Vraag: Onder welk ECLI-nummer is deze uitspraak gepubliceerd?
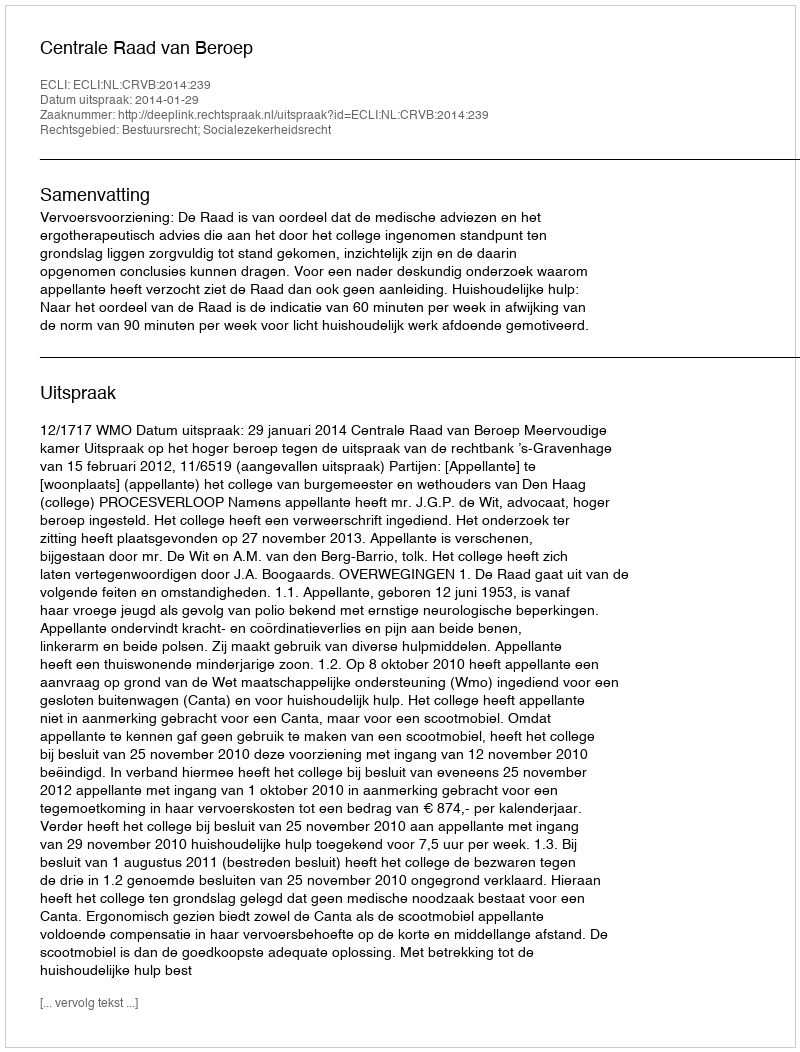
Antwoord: ECLI:NL:CRVB:2014:239